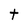
Character: t